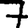
Digit: 7